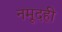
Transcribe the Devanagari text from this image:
नमूदही